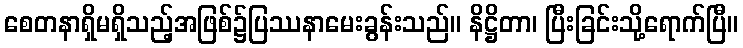
စေတနာရှိမရှိသည့်အဖြစ်၌ပြဿနာမေးခွန်းသည်။ နိဋ္ဌိတာ၊ ပြီးခြင်းသို့ရောက်ပြီ။